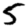
Digit: 5